Lunatic asylums Punjab 1881-1894 - 1881-1894
Year: 1881
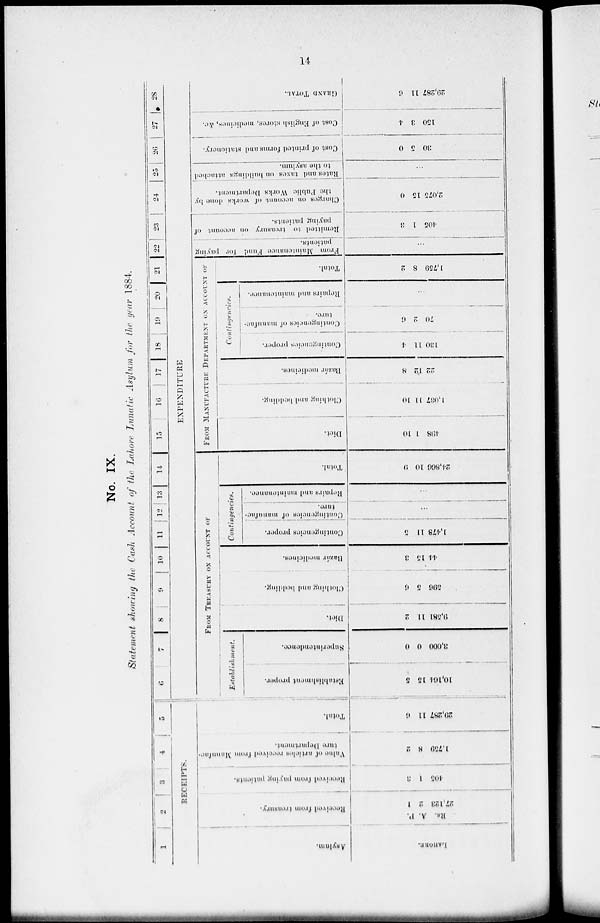
14
No. IX.
Statement showing the Cash Account of the Lahore Lunatic Asylum for the year 1884.
1
2
3
4
5
RECEIPTS.
Asylum.
LAHORE.
Received from treasury.
P.
A.
Rs.
1
2
27,123
Received from paying patients.
3
1
405
Value
of articles received from Manufac-
ture Department.
2
8
1,750
Total.
6
11
20,287
6
7
8
9
10
11 12 13 14 15 16 17 18 19 20 21 22
23
24
25
26
27
28
EXPENDITURE
FROM TREASURY ON ACCOUNT OF
Establishment.
Establishment proper.
5
15
10,164
Superintendence.
0
0
3,000
Diet.
2
11
9,581
Clothing and bedding.
6
5
596
Bazár
medicines.
3
15
44
Contingencies.
Contingencies proper.
5
11
1,478
Contingencies of manufac-
ture.
...
Repairs and maintenance.
...
Total.
9
10
24,866
FROM MANUFACTURE DEPARTMENT ON ACCOUNT OF
Diet.
10
1
408
Clothing and bedding.
10
11
1,037
Bazár medicines.
8
12
22
Contingencies.
Contingencies proper.
4
11
130
Contingencies of manufac-
ture.
6
2
70
Repairs and maintenance.
...
Total.
2
8
1,759
From Maintenance Fund for paying
patients.
...
Remitted to treasury on account of
paying patients.
3
1
405
Charges on account of works done by
the Public Works Department.
0
15
2,075
Rates and taxes on buildings attached
to the asylum.
...
Cost of printed forms and stationery.
0
5
30
Cost of English stores, medicines, &.c.
4
3
150
GRAND
TOTAL.
6
11
29,287